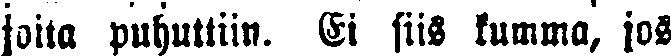
joita puhuttiin. Ei siis kumma, jos